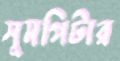
সুমপিটার